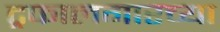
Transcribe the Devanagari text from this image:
ट्रफालगारच्या